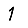
Digit: 1